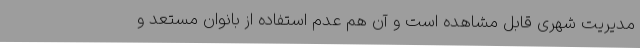
مدیریت شهری قابل مشاهده است و آن هم عدم استفاده از بانوان مستعد و